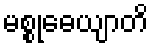
မစ္စုဓေယျာတိ